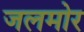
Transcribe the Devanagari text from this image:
जलमोर